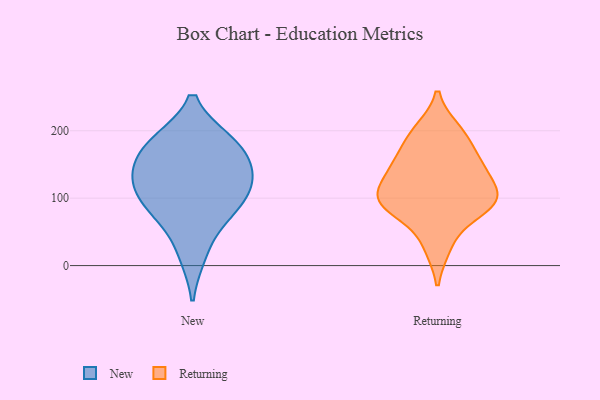
{"axis": {"x": "Humidity (%)", "y": "Value"}, "legend": ["New", "Returning"], "data": [{"x": "", "y": 183, "type": "New"}, {"x": "", "y": 184, "type": "New"}, {"x": "", "y": 134, "type": "New"}, {"x": "", "y": 143, "type": "New"}, {"x": "", "y": 117, "type": "New"}, {"x": "", "y": 17, "type": "New"}, {"x": "", "y": 181, "type": "New"}, {"x": "", "y": 86, "type": "New"}, {"x": "", "y": 95, "type": "New"}, {"x": "", "y": 72, "type": "New"}, {"x": "", "y": 136, "type": "New"}, {"x": "", "y": 29, "type": "Returning"}, {"x": "", "y": 135, "type": "Returning"}, {"x": "", "y": 200, "type": "Returning"}, {"x": "", "y": 100, "type": "Returning"}, {"x": "", "y": 150, "type": "Returning"}, {"x": "", "y": 83, "type": "Returning"}, {"x": "", "y": 94, "type": "Returning"}, {"x": "", "y": 189, "type": "Returning"}, {"x": "", "y": 90, "type": "Returning"}, {"x": "", "y": 108, "type": "Returning"}, {"x": "", "y": 151, "type": "Returning"}]}